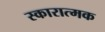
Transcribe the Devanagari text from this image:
स्कारात्मक